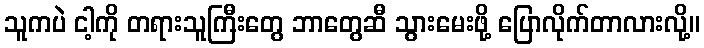
သူကပဲ ငါ့ကို တရားသူကြီးတွေ ဘာတွေဆီ သွားမေးဖို့ ပြောလိုက်တာလားလို့။